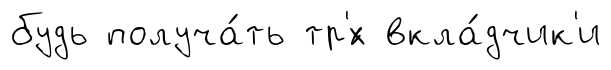
будь получа́ть тр'́х вкла́дчик'и